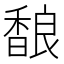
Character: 𱄏